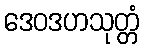
ဒေဝဒဟသုတ္တံ